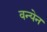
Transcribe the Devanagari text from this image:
वन्येन